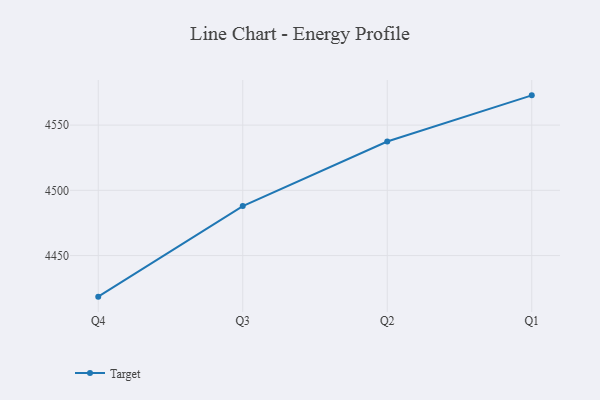
{"axis": {"x": "Quarter", "y": "Population (Million)"}, "legend": ["Target"], "data": [{"x": "Q4", "y": 4418.5, "type": "Target"}, {"x": "Q3", "y": 4487.9, "type": "Target"}, {"x": "Q2", "y": 4537.4, "type": "Target"}, {"x": "Q1", "y": 4572.8, "type": "Target"}]}